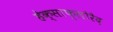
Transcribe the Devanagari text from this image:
हेक्साफ्लोरैद